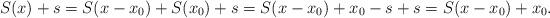
LaTeX: \begin{align*}S(x)+s=S(x-x_0)+S(x_0)+s=S(x-x_0)+x_0-s+s=S(x-x_0)+x_0.\end{align*}